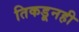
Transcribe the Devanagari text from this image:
तिकडूनही